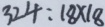
3 2 4 : 1 8 \times 1 8